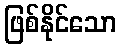
ဖြစ်နိုင်သော